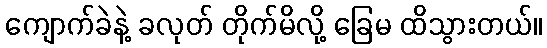
ကျောက်ခဲနဲ့ ခလုတ် တိုက်မိလို့ ခြေမ ထိသွားတယ်။